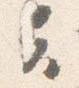
云